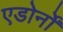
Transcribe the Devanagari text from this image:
एडोर्नों